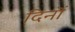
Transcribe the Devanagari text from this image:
दिनॊं